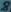
Text: 8